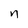
Character: n